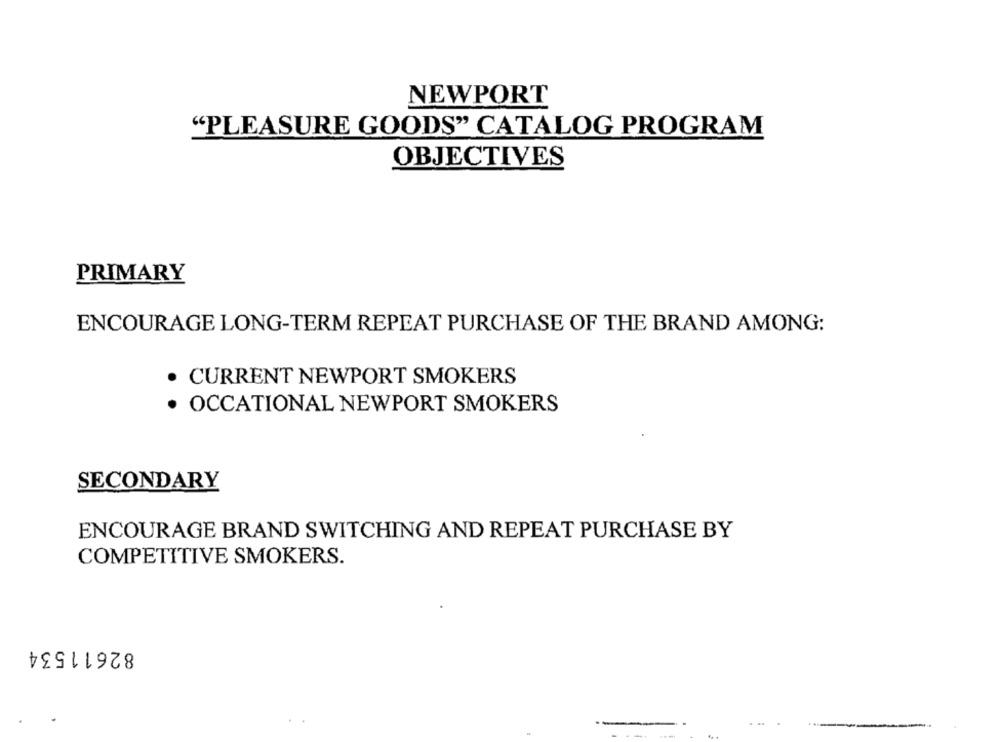
NEWPORT
"PLEASURE GOODS" CATALOG PROGRAM
OBJECTIVES
PRIMARY
ENCOURAGE LONG-TERM REPEAT PURCHASE OF THE BRAND AMONG:
· CURRENT NEWPORT SMOKERS
· OCCATIONAL NEWPORT SMOKERS
SECONDARY
ENCOURAGE BRAND SWITCHING AND REPEAT PURCHASE BY
COMPETITIVE SMOKERS.
82611534